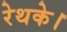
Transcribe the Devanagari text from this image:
रेथके।